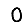
Digit: 0